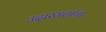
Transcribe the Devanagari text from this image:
उदारमतांचा